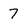
Character: 7